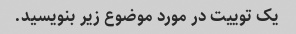
یک توییت در مورد موضوع زیر بنویسید.